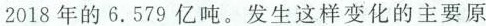
2018年的6.579亿吨。发生这样变化的主要原